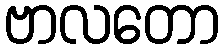
ဗာလတော